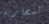
لمحاربة